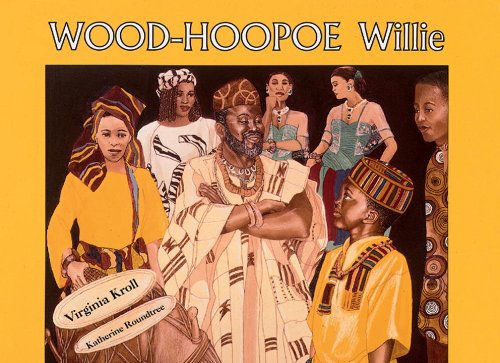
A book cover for Wood-Hoopoe Willie; Virginia Kroll; Children's Books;